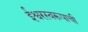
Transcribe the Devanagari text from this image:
ईश्वरस्वरूपाची